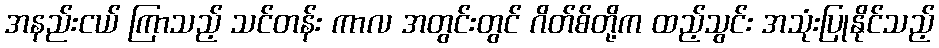
အနည်းငယ် ကြာသည့် သင်တန်း ကာလ အတွင်းတွင် ဂိတ်စ်တို့က ထည့်သွင်း အသုံးပြုနိုင်သည့်